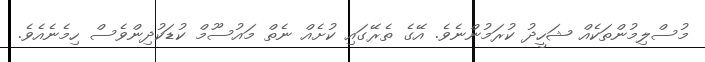
މުސްލިމުންތަކެއް ޝަހީދު ކުރަމުންނެވެ. އޭގެ ތެރޭގައި ކުށެއް ނެތް މައުސޫމް ކުޑަކުދިންވެސް ހިމެނެއެވެ.